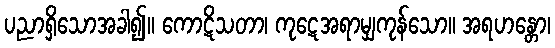
ပညာရှိသောအခါ၍။ ကောဋိသတာ၊ ကုဋေအရာမျှကုန်သော။ အရဟန္တော၊